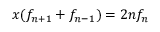
x ( f _ { n + 1 } + f _ { n - 1 } ) = 2 n f _ { n }